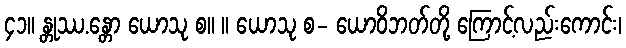
၄၁။ န္တုဿ.န္တော ယောသု စ။ ။ ယောသု စ- ယောဝိဘတ်တို့ ကြောင့်လည်းကောင်း၊